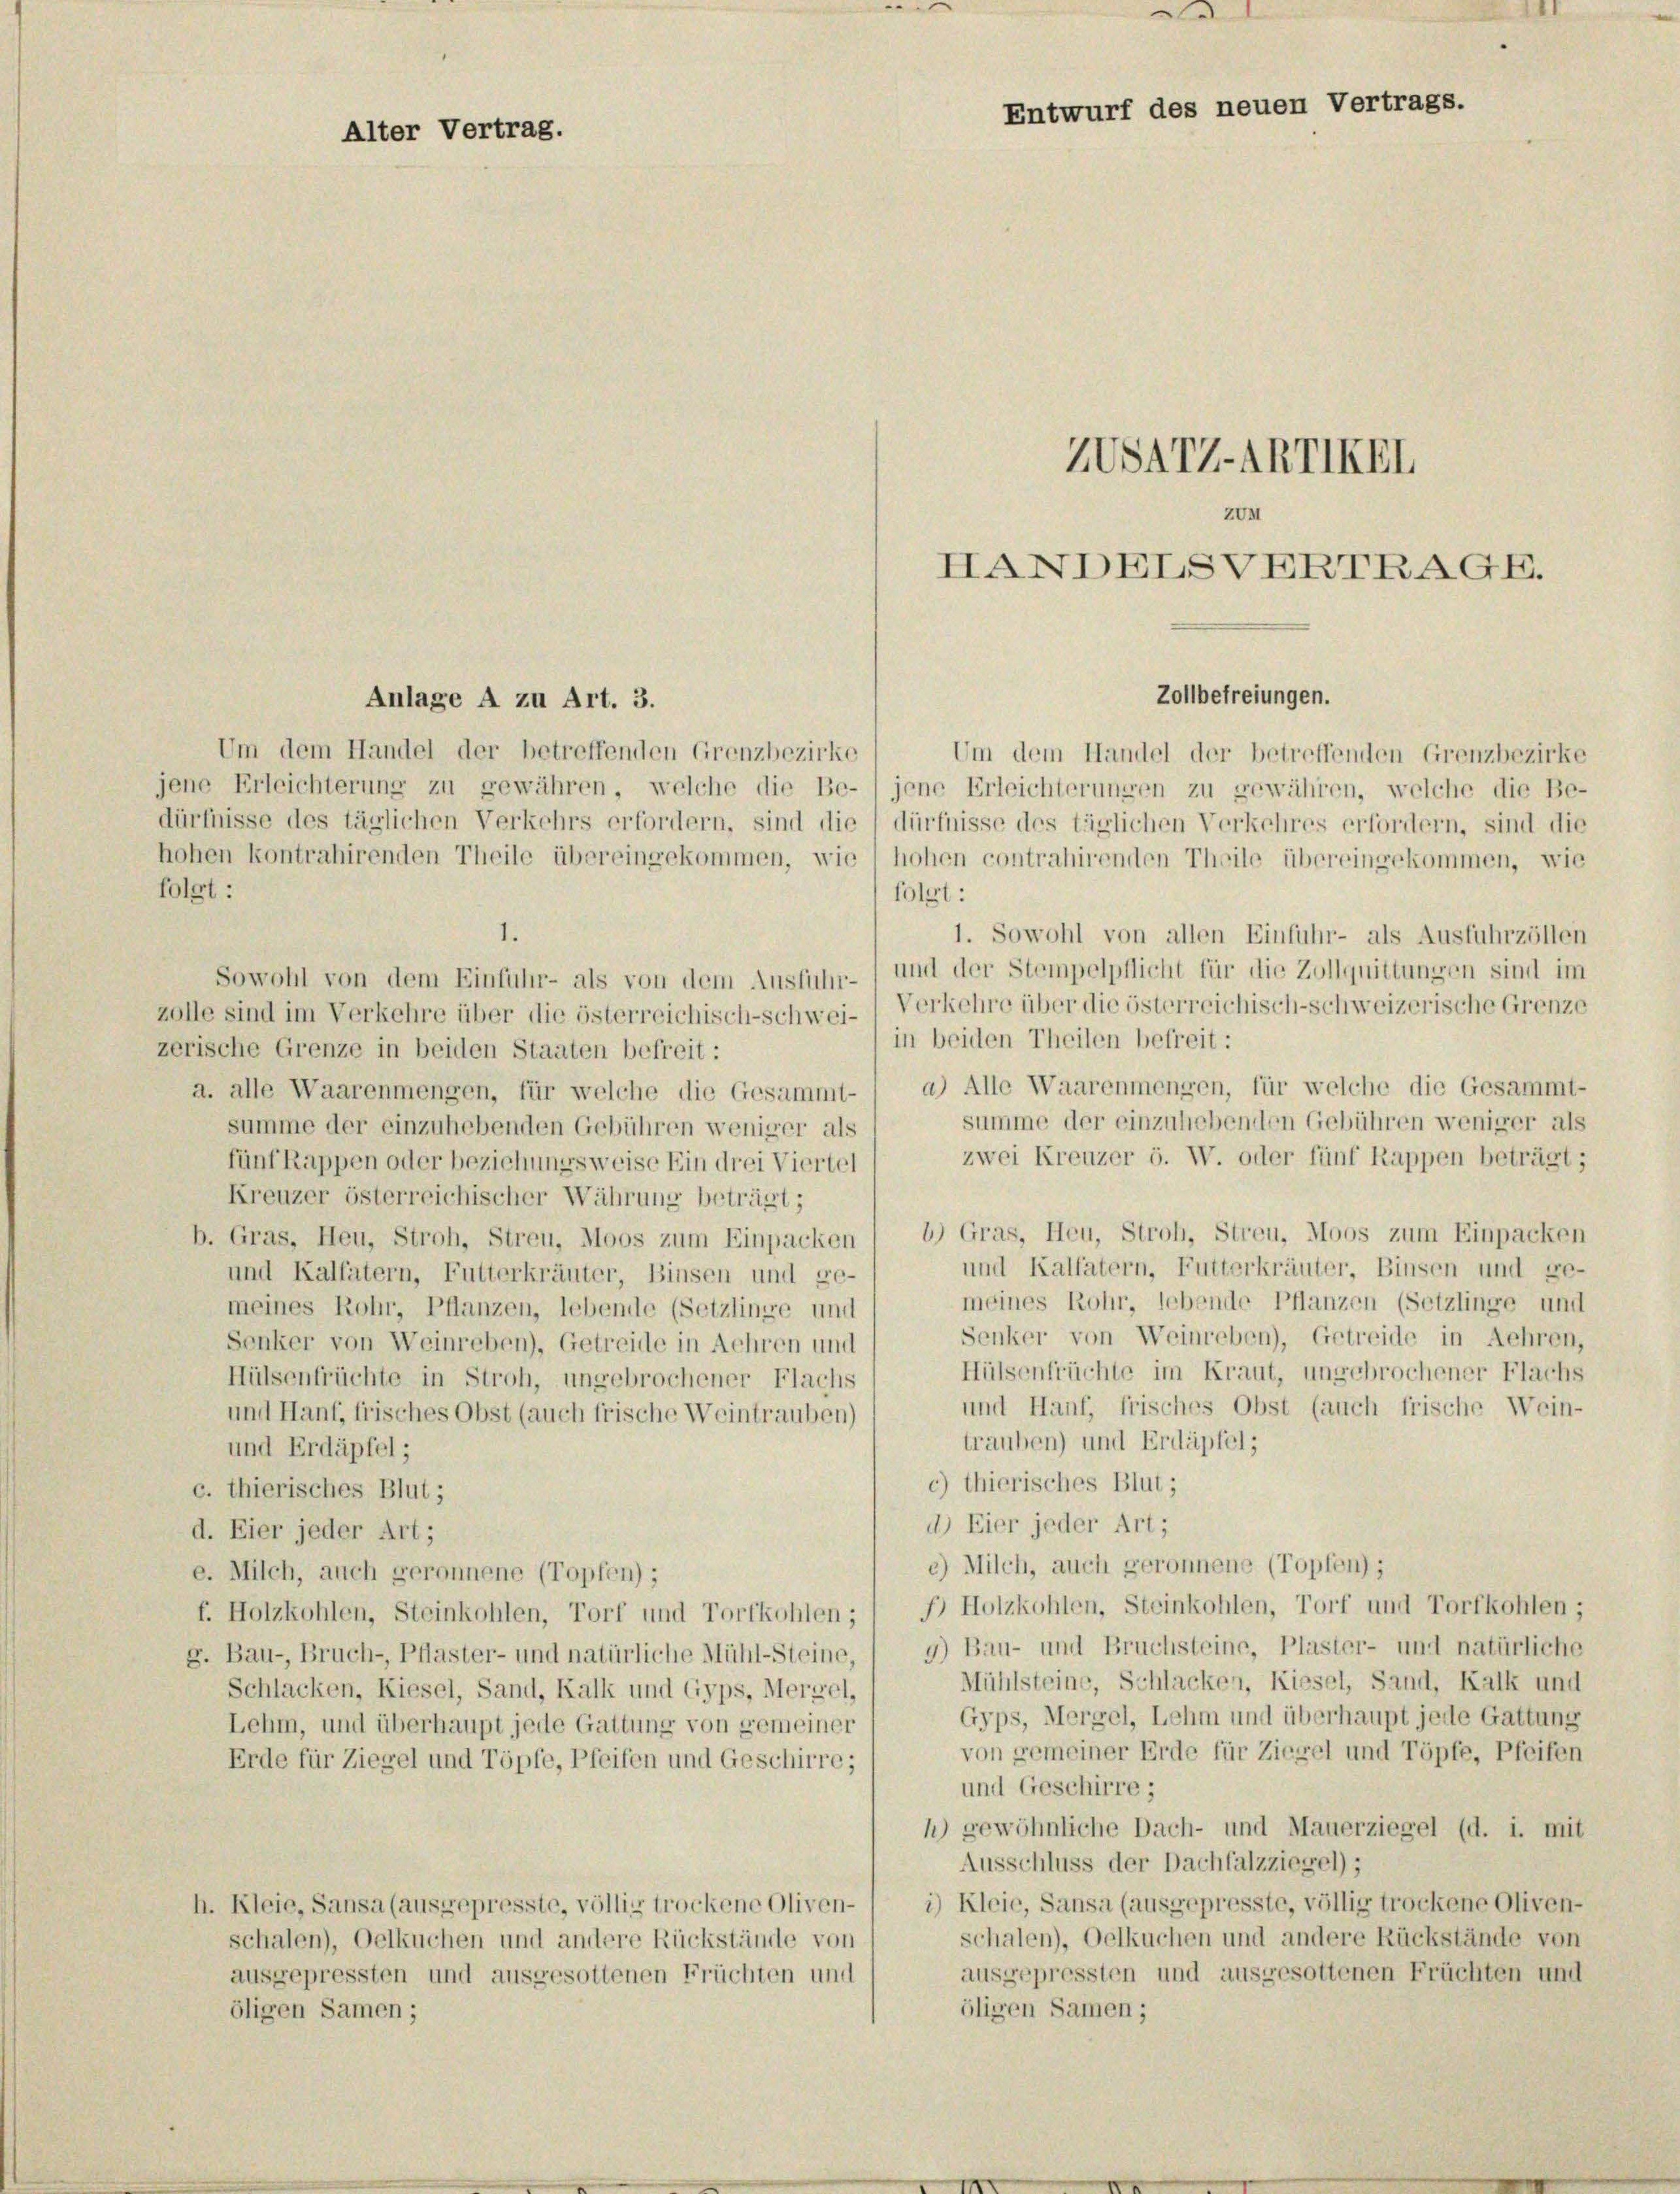
folgt:

Alter Vertrag.

Anlage A zu Art. 3.
Um dem Handel der betreffenden Grenzbezirke
jene Erleichterung zu gewähren, welche die Be-) jene Erleichterungen zu gewähren, welche die Be-
dürfnisse des täglichen Verkehrs erfordern, sind die dürfnisse des täglichen Verkehres erfordern, sind die
hohen kontrahirenden Theile übereingekommen, wie 1 hohen contrahirenden Theile übereingekommen, wie
folgt:
1. Sowohl von allen Einfuhr- als Ausfuhrzöllen
Sowohl von dem Einfuhr- als von dem Ausfuhr- und der Stempelpflicht für die Zollquittungen sind im
zolle sind im Verkehre über die österreichisch-schwei- Verkehre über die österreichisch-schweizerische Grenze
in beiden Theilen befreit:
zerische Grenze in beiden Staaten befreit:
a. alle Waarenmengen, für welche die Gesammt- / a) Alle Waarenmengen, für welche die Gesammt-
summe der einzuhebenden Gebühren weniger als
summe der einzuhebenden Gebühren weniger als
zwei Kreuzer ö. W. oder fünf Rappen beträgt;
fünf Rappen oder beziehungsweise Ein drei Viertel
Kreuzer österreichischer Währung beträgt;
b. Gras, Heu, Stroh, Streu, Moos zum Einpacken 1 b) Gras, Heu, Stroh, Streu, Moos zum Einpacken
und Kallatern, Futterkräuter, Binsen und ge-
und Kalfatern, Futterkräuter, Binsen und ge-
meines Rohr, lebende Pflanzen (Setzlinge und
meines Rohr, Pflanzen, lebende (Setzlinge und
Senker von Weinreben), Getreide in Lehren,
Senker von Weinreben), Getreide in Lehren und
Hülsenfrüchte im Kraut, ungebrochener Flachs
Hülsenfrüchte in Stroh, ungebrochener Flachs
und Hanf, frisches Obst (auch frische Wein-
und Hanf, frisches Obst (auch frische Weintrauben)
trauben) und Erdäpfel;
und Erdäpfel;
c) thierisches Blut;
c. thierisches Blut;
d) Eier jeder Art;
d. Eier jeder Art;
c) Milch, auch geronnene (Topfen);
e. Milch, auch geronnene (Topfen);
f. Holzkohlen, Steinkohlen, Torf und Tortkohlen; 1 J. Holzkohlen, Steinkohlen, Torf und Torfkohlen;
g. Bau-, Bruch-, Pflaster- und natürliche Mühl-Steine, ( 9) Bau- und Bruchsteine, Plaster- und natürliche
Mühlsteine, Schlacken, Kiesel, Sand, Kalk und
Schlacken, Kiesel, Sand, Kalk und Gyps, Mergel,
Gyps, Mergel, Lehm und überhaupt jede Gattung
Lehm, und überhaupt jede Gattung von gemeiner
von gemeiner Erde für Ziegel und Töpfe, Pfeifen
Erde für Ziegel und Töpfe, Pfeifen und Geschirre;
und Geschirre ;
h) gewöhnliche Dach- und Mauerziegel (d. i. mit
Ausschluss der Dachfalzziegel);
h. Kleie, Sansa (ausgepresste, völlig trockene Oliven-) *) Kleie, Sansa (ausgepresste, völlig trockene Oliven-
schalen), Oelkuchen und andere Rückstände von
schalen), Oelkuchen und andere Rückstände von
ausgepressten und ausgesottenen Früchten und
ausgepressten und ausgesottenen Früchten und
öligen Samen;
öligen Samen;

.
d
Entwurf des neuen Vertrags.
ZVSATZ-ARTIEEL
HANDELSVERTRAGR.

Zollbefreiungen.
Um dem Handel der betreffenden Grenzbezirke